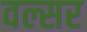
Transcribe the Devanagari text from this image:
वल्सर